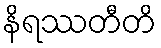
နိရဿတီတိ